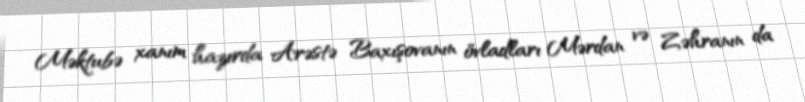
Məktubə xanım hazırda Arəstə Baxışovanın övladları Mərdan və Zəhranın da